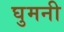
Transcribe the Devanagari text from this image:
घुमनी